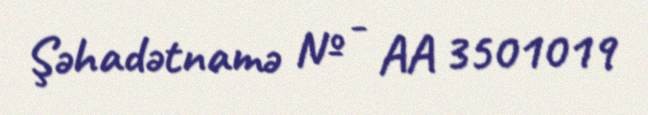
Şəhadətnamə № - AA 3501019